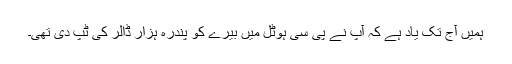
ہمیں آج تک یاد ہے کہ آپ نے پی سی ہوٹل میں بیرے کو پندرہ ہزار ڈالر کی ٹپ دی تھی۔